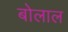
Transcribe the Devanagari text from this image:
बोलाल